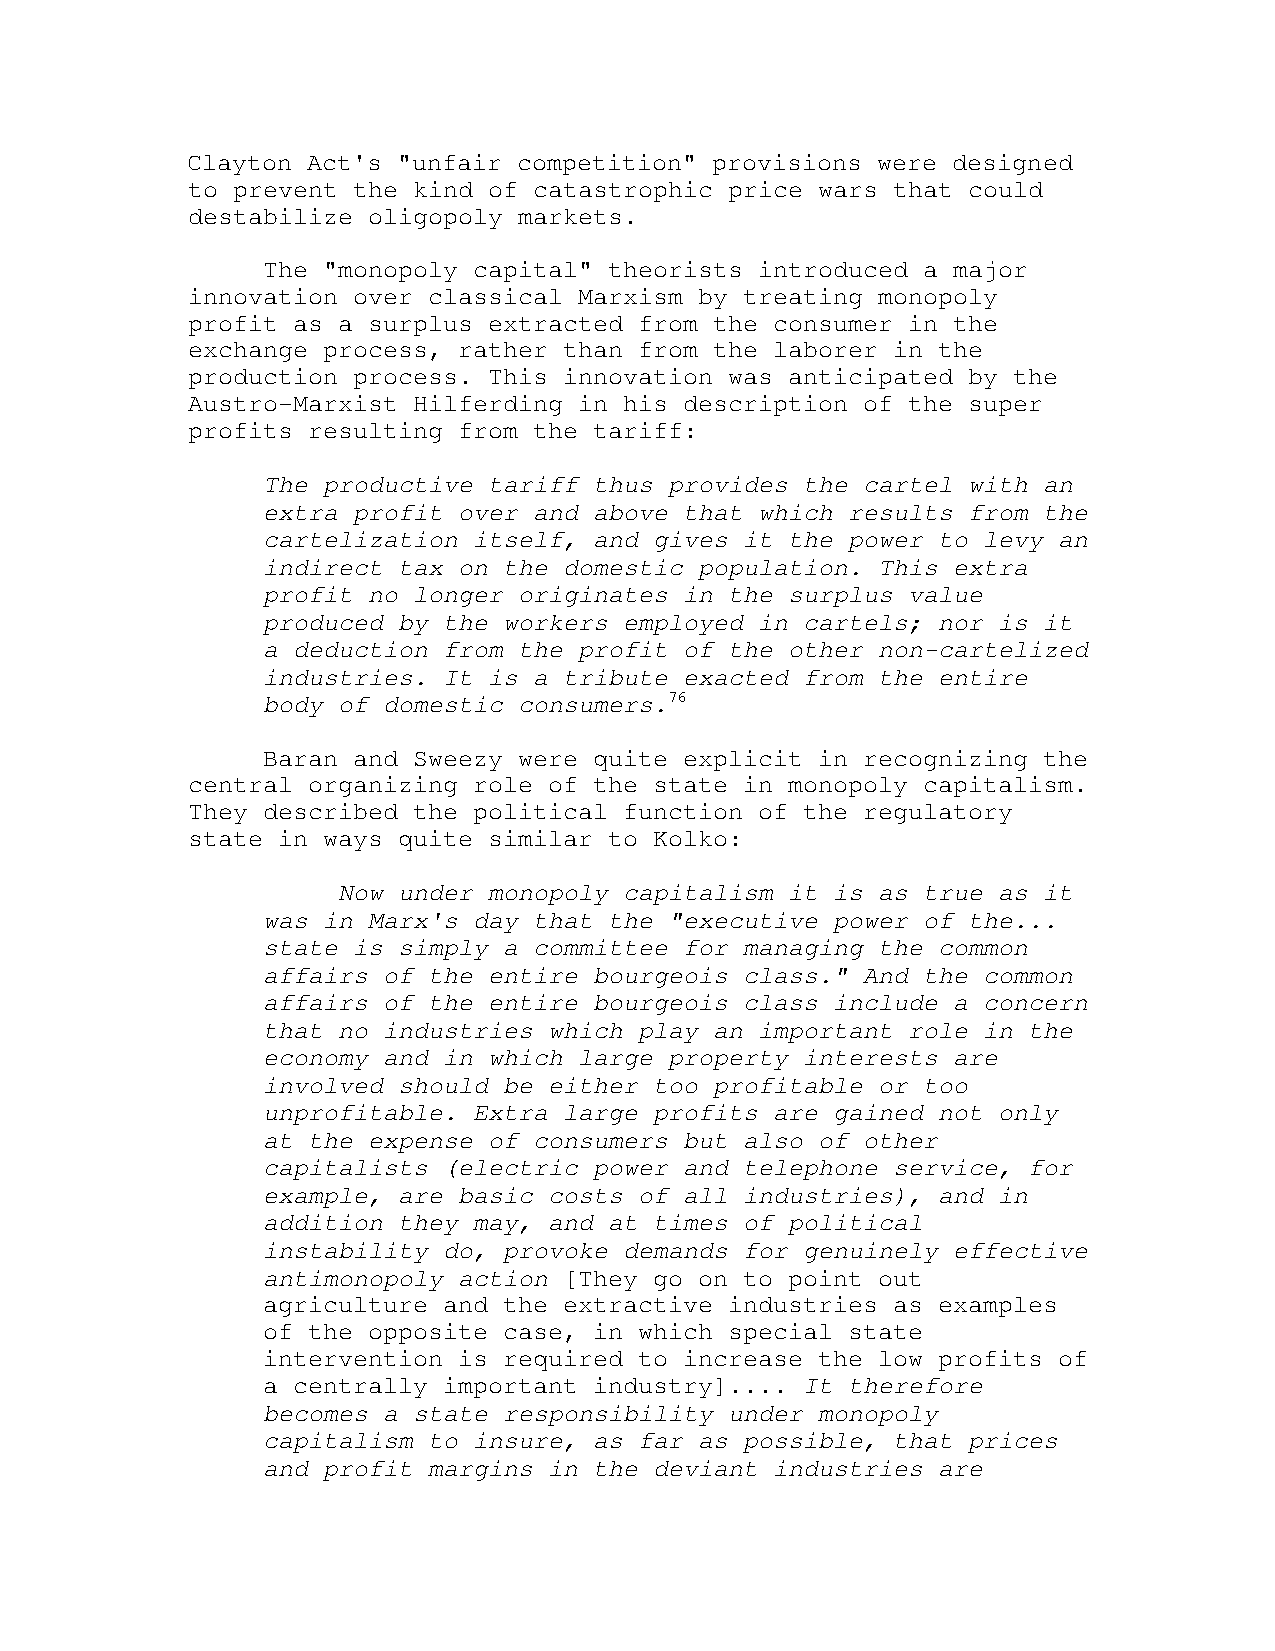
Clayton Act's "unfair competition" provisions were designed
 to prevent the kind of catastrophic price wars that could
 destabilize oligopoly markets.
 The "monopoly capital" theorists introduced a major
 innovation over classical Marxism by treating monopoly
 profit as a surplus extracted from the consumer in the
 exchange process, rather than from the laborer in the
 production process. This innovation was anticipated by the
 Austro-Marxist Hilferding in his description of the super
 profits resulting from the tariff:
 The productive tariff thus provides the cartel with an
 extra profit over and above that which results from the
 cartelization itself, and gives it the power to levy an
 indirect tax on the domestic population. This extra
 profit no longer originates in the surplus value
 produced by the workers employed in cartels; nor is it
 a deduction from the profit of the other non-cartelized
 industries. It is a tribute exacted from the entire
 body of domestic consumers.76
 Baran and Sweezy were quite explicit in recognizing the
 central organizing role of the state in monopoly capitalism.
 They described the political function of the regulatory
 state in ways quite similar to Kolko:
 Now under monopoly capitalism it is as true as it
 was in Marx's day that the "executive power of the...
 state is simply a committee for managing the common
 affairs of the entire bourgeois class." And the common
 affairs of the entire bourgeois class include a concern
 that no industries which play an important role in the
 economy and in which large property interests are
 involved should be either too profitable or too
 unprofitable. Extra large profits are gained not only
 at the expense of consumers but also of other
 capitalists (electric power and telephone service, for
 example, are basic costs of all industries), and in
 addition they may, and at times of political
 instability do, provoke demands for genuinely effective
 antimonopoly action [They go on to point out
 agriculture and the extractive industries as examples
 of the opposite case, in which special state
 intervention is required to increase the low profits of
 a centrally important industry].... It therefore
 becomes a state responsibility under monopoly
 capitalism to insure, as far as possible, that prices
 and profit margins in the deviant industries are